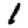
Digit: 1